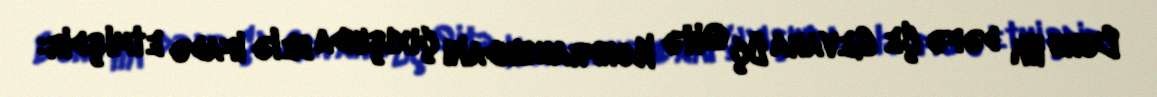
Bunu ilk dəfə Çe Gevara Üç Qitə Konfransındakı çıxışında belə ifadə etmişdir: